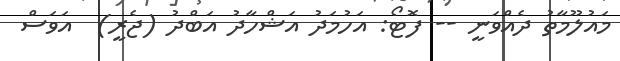
މައުލޫމާތު ދެއްވަނީ -- ފޮޓޯ: އަހުމަދު އަޝްހާދު އަބްދު (ޖެރީ)  އަވަސް